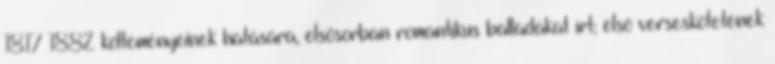
1817–1882 költeményeinek hatására, elsősorban romantikus balladákat írt; első verseskötetének